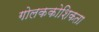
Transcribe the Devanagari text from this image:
गोलककोशिकता